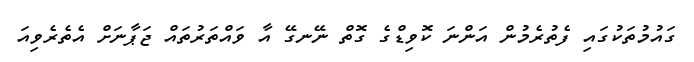
ގައުމުތަކުގައި ފެތުރެމުން އަންނަ ކޮވިޑްގެ ގޮތް ނޭނގޭ އާ ވައްތަރުތައް ޖަޕާނަށް އެތެރެވިއަ